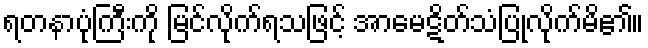
ရတနာပုံကြီးကို မြင်လိုက်ရသဖြင့် အာမေဋိတ်သံပြုလိုက်မိ၏။